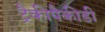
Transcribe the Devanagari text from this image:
ट्रैकीपैकीडी